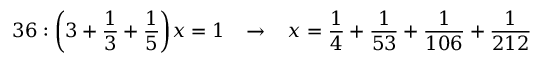
3 6 : { \bigg ( } 3 + { \frac { 1 } { 3 } } + { \frac { 1 } { 5 } } { \bigg ) } x = 1 \; \; \; \rightarrow \; \; \; x = { \frac { 1 } { 4 } } + { \frac { 1 } { 5 3 } } + { \frac { 1 } { 1 0 6 } } + { \frac { 1 } { 2 1 2 } }